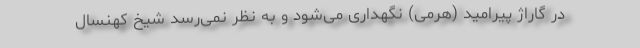
در گاراژ پیرامید (هرمی) نگهداری می‌شود و به نظر نمی‌رسد شیخ کهنسال